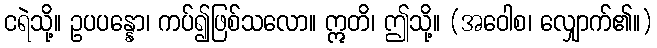
ငရဲသို့။ ဥပပန္နော၊ ကပ်၍ဖြစ်သလော။ ဣတိ၊ ဤသို့။ (အဝေါစ၊ လျှောက်၏။)